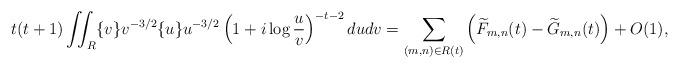
LaTeX: \begin{align*}t(t+1) \iint_R \{v\} v^{-3/2} \{u\} u^{-3/2} \left(1+i\log\frac{u}{v}\right)^{-t-2} dudv = \sum_{(m,n)\in R(t)} \left(\widetilde{F}_{m,n}(t) - \widetilde{G}_{m,n}(t)\right) + O(1),\end{align*}